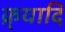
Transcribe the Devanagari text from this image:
क्र्यादि